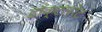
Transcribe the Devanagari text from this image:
डॉक्टलरेट